Indian Civil Veterinary Department memoirs
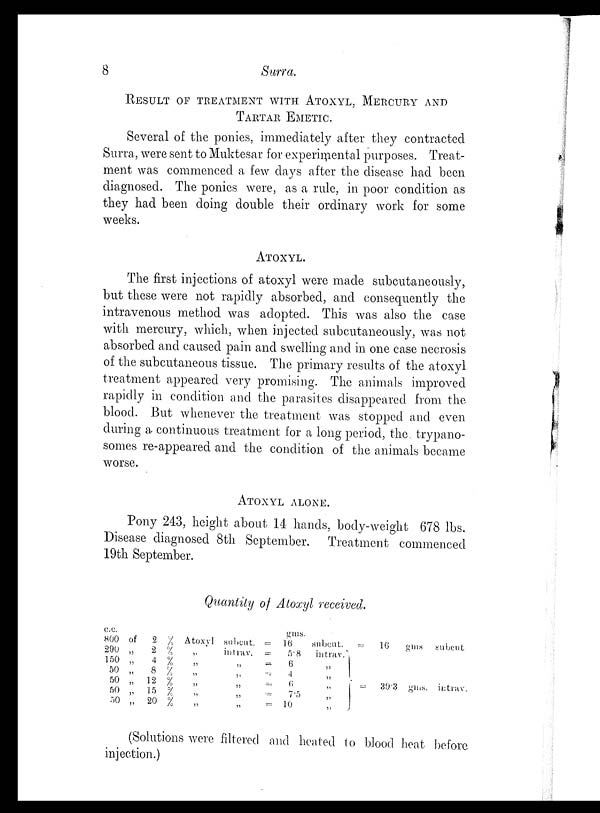
8
Surra.
RESULT OF TREATMENT WITH ATOXYL, MERCURY AND
TARTAR EMETIC.
Several of the ponies, immediately after they contracted
Surra, were sent to Muktesar for experimental purposes. Treat-
ment was commenced a few days after the disease had been
diagnosed. The ponies were, as a rule, in poor condition as
they had been doing double their ordinary work for some
weeks.
ATOXYL.
The first injections of atoxyl were made subcutaneously,
but these were not rapidly absorbed, and consequently the
intravenous method was adopted. This was also the case
with mercury, which, when injected subcutaneously, was not
absorbed and caused pain and swelling and in one case necrosis
of the subcutaneous tissue. The primary results of the atoxyl
treatment appeared very promising. The animals improved
rapidly in condition and the parasites disappeared from the
blood. But whenever the treatment was stopped and even
during a continuous treatment for a long period, the trypano-
somes re-appeared and the condition of the animals became
worse.
ATOXYL ALONE.
Pony 243, height about 14 hands, body-weight 678 lbs.
Disease diagnosed 8th September. Treatment commenced
19th September.
Quantity of Atoxyl received.
c.c.
800
290
150
50
50
50
50
of
„
„
„
„
„
„
2
2
4
8
12
15
20
%
%
%
%
%
%
%
Atoxyl
„
„
„
„
„
„
subcut.
intrav.
„
„
„
„
„
=
=
=
=
=
=
=
gms.
16
5.8
6
4
6
7.5
10
subcut.
intrav.
„
„
„
„
„
=
16
=
39.3
gms
gms.
subcut
intrav.
(Solutions were filtered and heated to blood heat before
injection.)